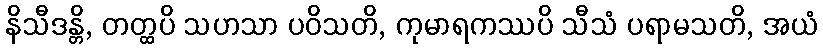
နိသီဒန္တိ, တတ္ထပိ သဟသာ ပဝိသတိ, ကုမာရကဿပိ သီသံ ပရာမသတိ, အယံ